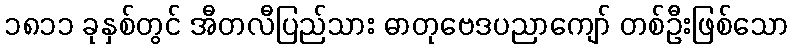
၁၈၁၁ ခုနှစ်တွင် အီတလီပြည်သား ဓာတုဗေဒပညာကျော် တစ်ဦးဖြစ်သော